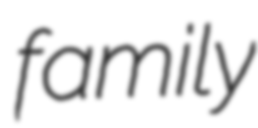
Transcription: family